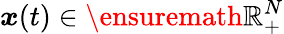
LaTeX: {\boldsymbol x}(t)\in\ensuremath{\mathbb{R}}_{+}^{N}